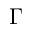
\Gamma